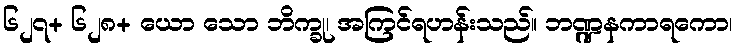
၆၂၇+ ၆၂၈+ ယော သော ဘိက္ခု၊ အကြင်ရဟန်းသည်။ ဘဏ္ဍနကာရကော၊